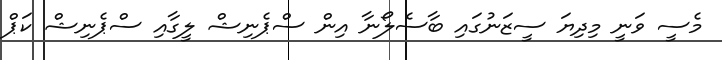
މެސީ ވަނީ މިދިޔަ ސީޒަނުގައި ބާސެލޯނާ އިން ސްޕެނިޝް ލީގާއި ސްޕެނިޝް ކަޕް